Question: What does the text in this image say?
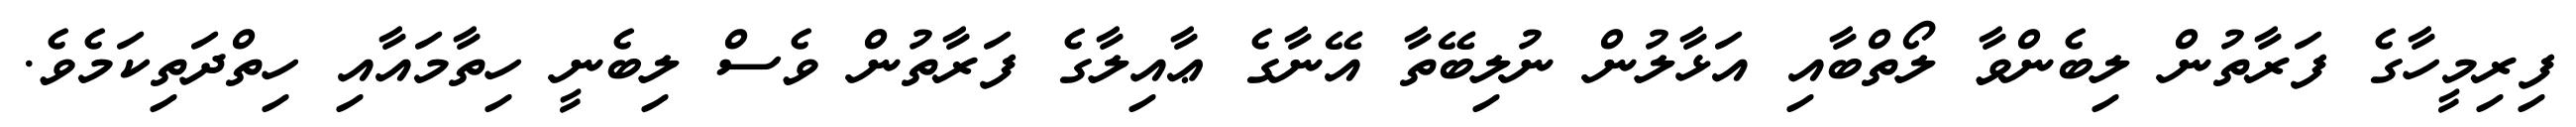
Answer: ފިރިމީހާގެ ފަރާތުން ލިބެންވާ ލޯތްބާއި އަޅާލުން ނުލިބޭތާ އޭނާގެ ޢާއިލާގެ ފަރާތުން ވެސް ލިބެނީ ހިތާމައާއި ހިތްދަތިކަމެވެ.